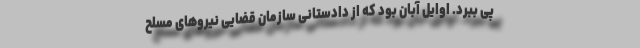
پی ببرد. اوایل آبان بود که از دادستانی سازمان قضایی نیروهای مسلح